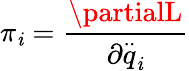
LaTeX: \pi_{\mathit{i}}=\frac{{\partialL}}{{\partial\stackrel{..}{q}_{\mathit{i}}}}